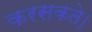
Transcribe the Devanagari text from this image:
करसकते।